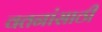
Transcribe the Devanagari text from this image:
वतनांसाठी